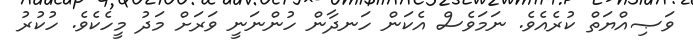
ވަޞިއްޔަތް ކުރެއެވެ. ނަމަވެސް އެކަން ހަނދާން ހުންނަނީ ވަރަށް މަދު މީހެކެވެ. ހުކުރު